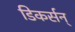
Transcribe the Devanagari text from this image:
डिकर्सन्